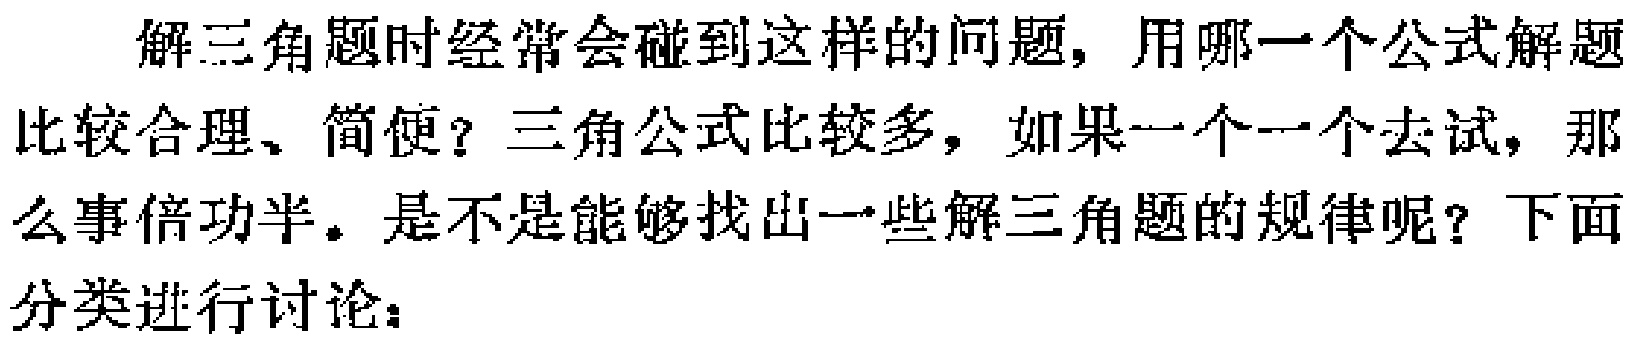
解三角题时经常会碰到这样的问题，用哪一个公式解题比较合理、简便？三角公式比较多，如果一个一个去试，那么事倍功半。是不是能够找出一些解三角题的规律呢？下面分类进行讨论：